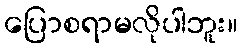
ပြောစရာမလိုပါဘူး။